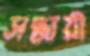
সন্ধায়ী